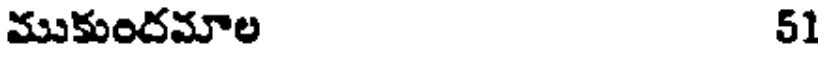
ముకుందమాల 51